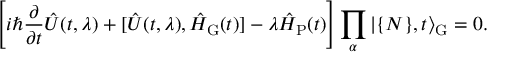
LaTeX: \Biggl [ i \hbar \frac { \partial } { \partial t } \hat { U } ( t , \lambda ) + [ \hat { U } ( t , \lambda ) , \hat { H } _ { \mathrm { G } } ( t ) ] - \lambda \hat { H } _ { \mathrm { P } } ( t ) \Biggr ] \prod _ { \alpha } \vert \{ { \cal N } \} , t \rangle _ { \mathrm { G } } = 0 .